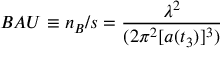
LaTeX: B A U \equiv n _ { B } / s = { \frac { \lambda ^ { 2 } } { ( 2 \pi ^ { 2 } [ a ( t _ { 3 } ) ] ^ { 3 } ) } }